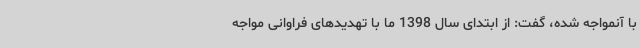
با آنمواجه شده، گفت: از ابتدای سال 1398 ما با تهدیدهای فراوانی مواجه